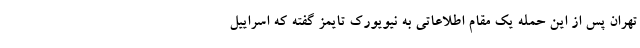
تهران پس از این حمله یک مقام اطلاعاتی به نیویورک تایمز گفته که اسراییل